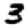
Digit: 3